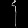
Digit: ၄